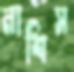
নাশিস